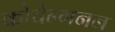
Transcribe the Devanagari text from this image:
कोचेन्गनन